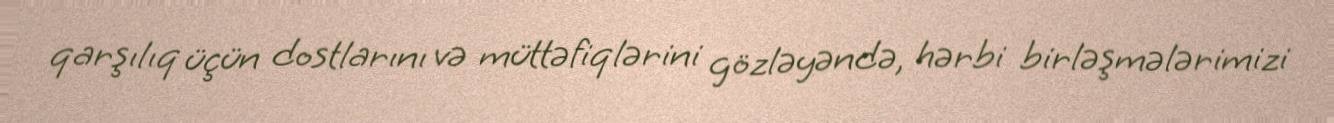
qarşılıq üçün dostlarını və müttəfiqlərini gözləyəndə, hərbi birləşmələrimizi